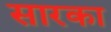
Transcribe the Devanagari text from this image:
सारका